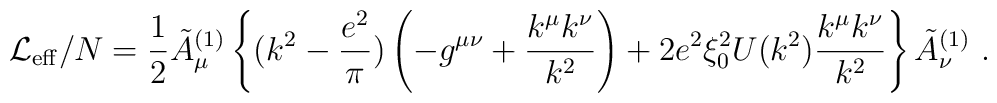
{\cal L}_{\rm eff} / N   = {1 \over 2} \tilde A_{\mu}^{(1)}  \left\{       ( k^2 - {e^2 \over \pi} )           \left( -g^{\mu \nu}+{ k^\mu k^\nu \over k^2} \right)       + 2 e^2 \xi_0^2 U(k^2) {k^\mu k^\nu \over k^2 }     \right\}                   \tilde A_{\nu}^{(1)}  ~.